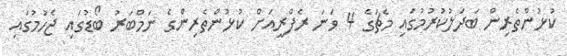
ކުޅުންތެރިން ބަދަލުކުރުމުގައި މެޗުގެ 4 ވަނަ ރެފްރީއަށް ކުޅުންތެރިންގެ ނަމްބަރު ބޯޑުގައި ޖެހުމުގައި